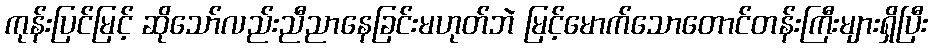
ကုန်းပြင်မြင့် ဆိုသော်လည်းညီညာနေခြင်းမဟုတ်ဘဲ မြင့်မောက်သောတောင်တန်းကြီးများရှိပြီး